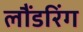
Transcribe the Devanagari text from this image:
लौंडरिंग